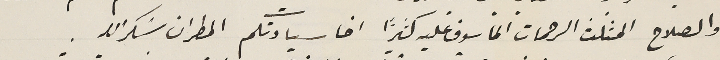
والصلاح المثَلث الرحمات المأسوف عليه كثيراً اخا سيادتكم المطران شكرالله.